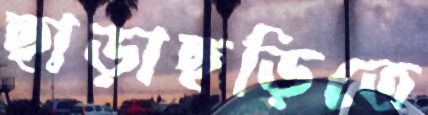
ছাড়াছড়িতে